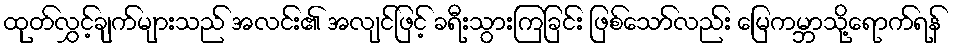
ထုတ်လွှင့်ချက်များသည် အလင်း၏ အလျင်ဖြင့် ခရီးသွားကြခြင်း ဖြစ်သော်လည်း မြေကမ္ဘာသို့ရောက်ရန်